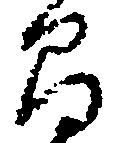
間